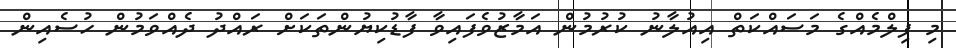
މި ފިލްމެއްގެ މަސައްކަތް އިއުލާނު ކުރުމުން އަމާޒުވެފައިވާ ފާޑުކިޔުންތަކަށް ރައްދު ދެއްވަމުން ހުސެއިން